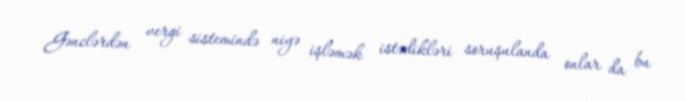
Gənclərdən vergi sistemində niyə işləmək istədikləri soruşulanda onlar da bu